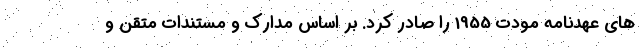
های عهدنامه مودت 1955 را صادر کرد. بر اساس مدارک و مستندات متقن و